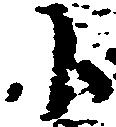
小